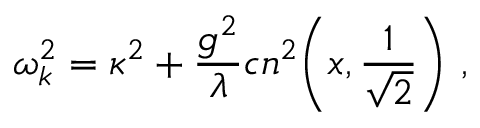
\omega _ { k } ^ { 2 } = \kappa ^ { 2 } + { \frac { g ^ { 2 } } { \lambda } } c n ^ { 2 } \biggl ( x , { \frac { 1 } { \sqrt { 2 } } } \biggr ) \ ,